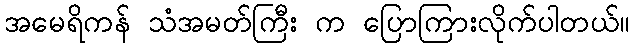
အမေရိကန် သံအမတ်ကြီး က ပြောကြားလိုက်ပါတယ်။